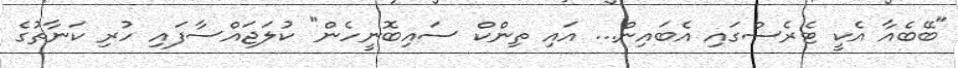
"ބޭބެއާ އެކީ ޓެރެސްގައި އެބައިން... އައި ތިންކް ސައިބޮނީހެން" ކުލަޖައްސާފައި ހުރި ކަނާތުގެ